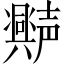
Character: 𫯆